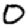
Digit: 0